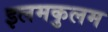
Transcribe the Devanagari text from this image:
इलमकुलम